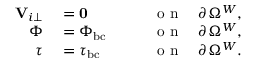
\begin{array} { r l r } { \mathbf { V } _ { i \perp } } & { { } = \mathbf { 0 } } & { \qquad \mathrm { ~ o ~ n ~ } \quad \partial \Omega ^ { W } , } \\ { \Phi } & { { } = \Phi _ { \mathrm { b c } } } & { \qquad \mathrm { ~ o ~ n ~ } \quad \partial \Omega ^ { W } , } \\ { \boldsymbol { \tau } } & { { } = \boldsymbol { \tau } _ { \mathrm { b c } } } & { \qquad \mathrm { ~ o ~ n ~ } \quad \partial \Omega ^ { W } . } \end{array}